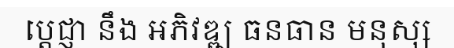
ប្តេជ្ញា នឹង អភិវឌ្ឍ ធនធាន មនុស្ស